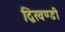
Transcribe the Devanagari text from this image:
द्विखण्डी